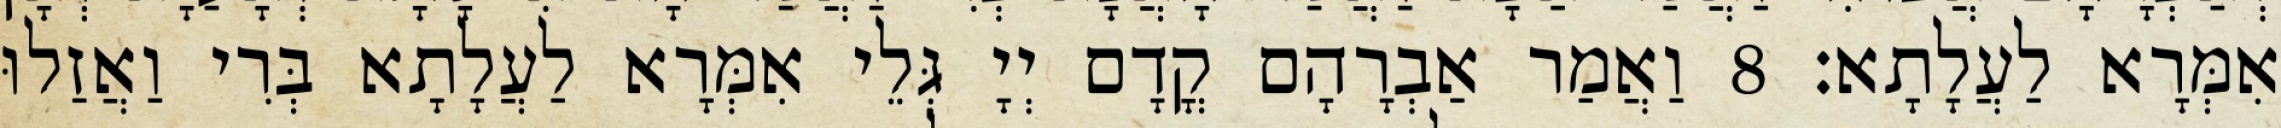
אִמְּרָא לַעֲלָתָא׃ 8 וַאֲמַר אַבְרָהָם קֳדָם יְיָ גְּלֵי אִמְּרָא לַעֲלָתָא בְּרִי וַאֲזַלוּ